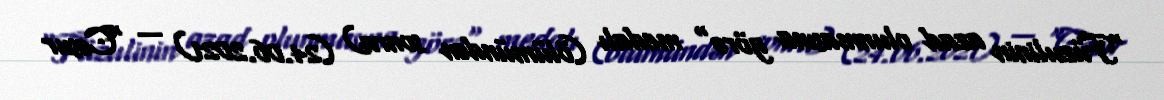
"Füzulinin azad olunmasına görə" medalı (ölümündən sonra) (24.06.2021) — "Cəsur